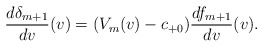
\begin{align*} \frac{d\delta_{m+1}}{dv}(v)=(V_m(v)-c_{+0})\frac{df_{m+1}}{dv}(v).\end{align*}